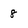
Character: 8